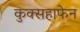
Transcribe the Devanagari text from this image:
कुक्सहाफेन